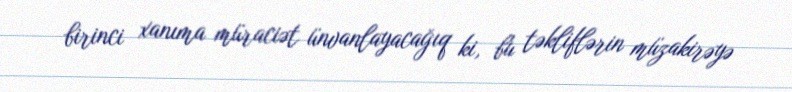
birinci xanıma müraciət ünvanlayacağıq ki, bu təkliflərin müzakirəyə